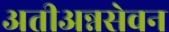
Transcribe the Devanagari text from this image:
अतीअन्नसेवन